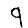
Digit: 9